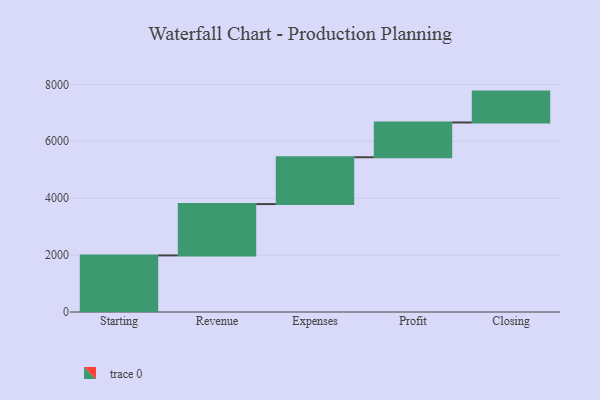
{"axis": {"x": "Step", "y": "Value"}, "legend": [""], "data": [{"x": "Starting", "y": 1989.0, "type": ""}, {"x": "Revenue", "y": 1804.0, "type": ""}, {"x": "Expenses", "y": 1646.0, "type": ""}, {"x": "Profit", "y": 1222.0, "type": ""}, {"x": "Closing", "y": 1085.0, "type": ""}]}